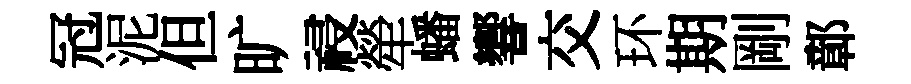
冠泥但旷祲犖蟠響交环期剛鄣